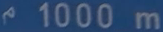
1000 m